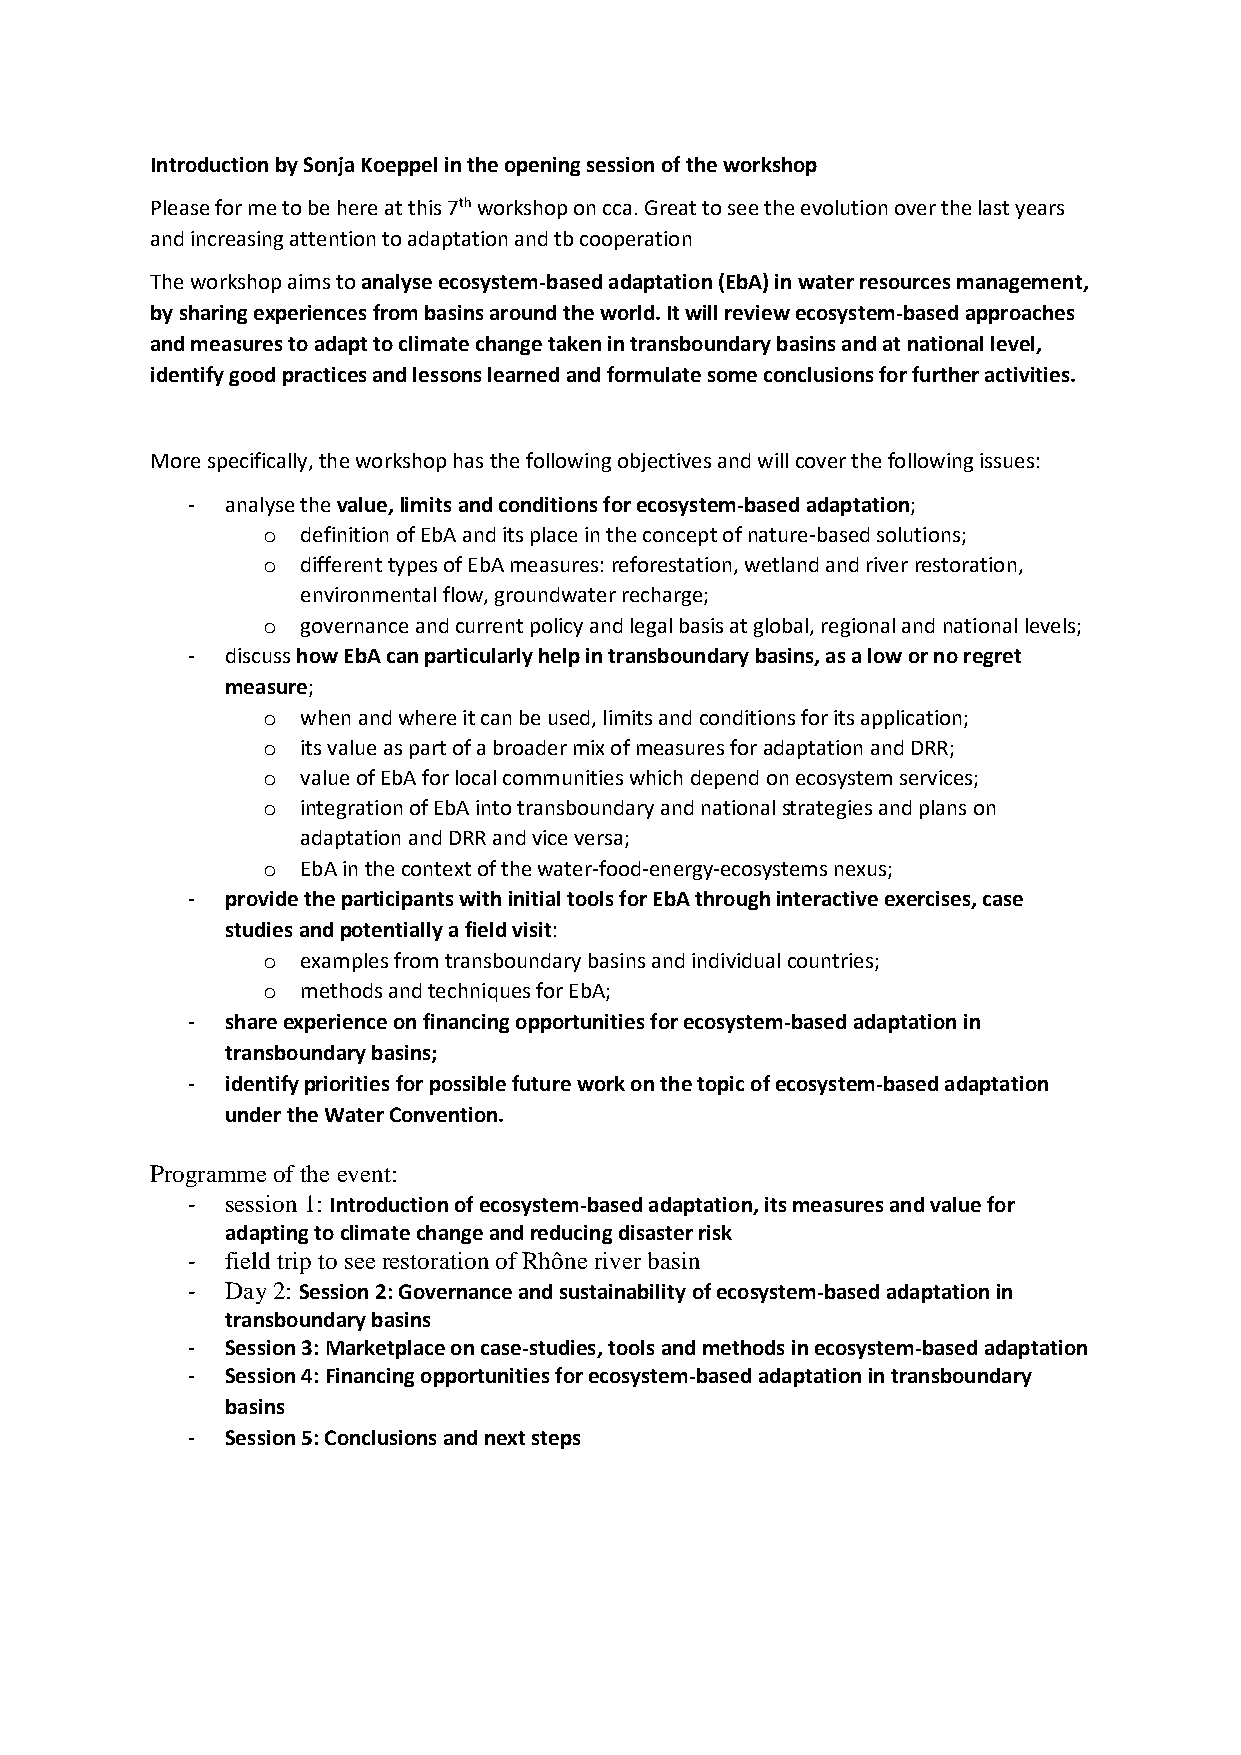
Introduction by Sonja Koeppel in the opening session of the workshop
 Please for me to be here at this 7th workshop on cca. Great to see the evolution over the last years
 and increasing attention to adaptation and tb cooperation
 The workshop aims to analyse ecosystem-based adaptation (EbA) in water resources management,
 by sharing experiences from basins around the world. It will review ecosystem-based approaches
 and measures to adapt to climate change taken in transboundary basins and at national level,
 identify good practices and lessons learned and formulate some conclusions for further activities.
 More specifically, the workshop has the following objectives and will cover the following issues:
 -  analyse the value, limits and conditions for ecosystem-based adaptation;
 o  definition of EbA and its place in the concept of nature-based solutions;
 o  different types of EbA measures: reforestation, wetland and river restoration,
 environmental flow, groundwater recharge;
 o  governance and current policy and legal basis at global, regional and national levels;
 -  discuss how EbA can particularly help in transboundary basins, as a low or no regret
 measure;
 o  when and where it can be used, limits and conditions for its application;
 o  its value as part of a broader mix of measures for adaptation and DRR;
 o  value of EbA for local communities which depend on ecosystem services;
 o  integration of EbA into transboundary and national strategies and plans on
 adaptation and DRR and vice versa;
 o  EbA in the context of the water-food-energy-ecosystems nexus;
 -  provide the participants with initial tools for EbA through interactive exercises, case
 studies and potentially a field visit:
 o  examples from transboundary basins and individual countries;
 o  methods and techniques for EbA;
 -  share experience on financing opportunities for ecosystem-based adaptation in
 transboundary basins;
 -  identify priorities for possible future work on the topic of ecosystem-based adaptation
 under the Water Convention.
 Programme of the event:
 -  session 1: Introduction of ecosystem-based adaptation, its measures and value for
 adapting to climate change and reducing disaster risk
 -  field trip to see restoration of Rhône river basin
 -  Day 2: Session 2: Governance and sustainability of ecosystem-based adaptation in
 transboundary basins
 -  Session 3: Marketplace on case-studies, tools and methods in ecosystem-based adaptation
 -  Session 4: Financing opportunities for ecosystem-based adaptation in transboundary
 basins
 -  Session 5: Conclusions and next steps